Calcutta medical institutions reports 1879-81 [i.e.91]
Year: 1879
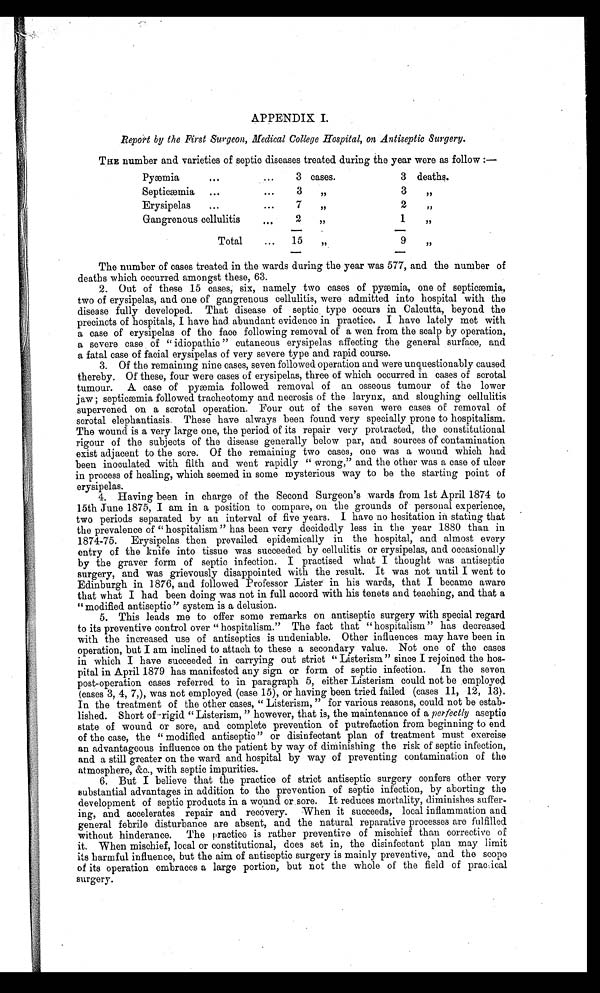
APPENDIX I.
Report by the First Surgeon, Medical College Hospital, on Antiseptic Surgery.
THE number and varieties of septic diseases treated during the year were as follow :—
Pyæmia
3 cases.
3 deaths.
Septicæmia
3 "
3
"
Erysipelas
7
"
2
"
Gangrenous cellulitis
2 "
1
"
Total
15
"
9
"
-
The number of cases treated in the wards during the year was 577, and the number of
deaths which occurred amongst these, 63.
2. Out of these 15 cases, six, namely two cases of pyæmia, one of septicæmia,
two of erysipelas, and one of gangrenous cellulitis, were admitted into hospital with the
disease fully developed. That disease of septic type occurs in Calcutta, beyond the
precincts of hospitals, I have had. abundant evidence in practice. I have lately met with
a case of erysipelas of the face following removal of a wen from the scalp by operation,
a severe case of "idiopathic" cutaneous erysipelas affecting the general surface, and
a fatal case of facial erysipelas of very severe type and rapid course.
3. Of the remaining nine cases, seven followed operation and were unquestionably caused
thereby. Of these, four were cases of erysipelas, three of which occurred in cases of scrotal
tumour. A. case of pyæmia followed removal of an osseous tumour of the lower
jaw; septicæmia followed tracheotomy and necrosis of the larynx, and sloughing cellulitis
supervened on a scrotal operation. Four out of the seven were cases of removal of
scrotal elephantiasis. These have always been found very specially prone to hospitalism.
The wound is a very large one, the period of its repair very protracted, the constitutional
rigour of the subjects of the disease generally below par, and sources of contamination
exist adjacent to the sore. Of the remaining two cases, one was a wound which had
been inoculated with filth and went rapidly " wrong," and the other was a case of ulcer
in process of healing, which seemed in some mysterious way to be the starting point of
erysipelas.
4. Having been in charge of the Second Surgeon's wards from 1st April 1874 to
15th June 1875, I am. in a position to compare, on the grounds of personal experience,
two periods separated by an interval of five years. I have no hesitation in stating that
the prevalence of "hospitalism" has been very decidedly less in the year 1880 than in
1874-75. Erysipelas then prevailed epidemically in the hospital, and almost every
entry of the knife into tissue was succeeded by cellulitis or erysipelas, and occasionally
by the graver form of septic infection. I practised what I thought was antiseptic
surgery, and was grievously disappointed with the result. It was not until I went to
Edinburgh in 1876, and followed Professor Lister in his wards, that I became aware
that what I had been doing was not in full accord with his tenets and teaching, and that a
"modified antiseptic" system is a delusion.
5. This leads me to offer some remarks on antiseptic surgery with special regard
to its preventive control over "hospitalism." The fact that "hospitalism" has decreased
with the increased use of antiseptics is undeniable. Other influences may have been in
operation, but I am inclined to attach to these a secondary value. Not one of the cases
in which I have succeeded in carrying out strict "Listerism" since I rejoined the hos-
pital in April 1879 has manifested any sign or form of septic infection. In the seven
post-operation cases referred to in paragraph 5, either Listerism could not be .employed
(cases 3, 4, 7,), was not employed (case 15), or having been tried failed (cases 11, 12, 13).
In the treatment of the other cases, "Listerism," for various reasons, could not be estab-
lished. Short of rigid "Listerism," however, that is, the maintenance of a perfectly aseptic
state of wound or sore, and complete prevention of putrefaction from beginning to end
of the case, the "modified antiseptic" or disinfectant plan of treatment must exercise
an advantageous influence on the patient by way of diminishing the risk of septic infection,
and a still greater on the ward and hospital by way of preventing contamination of the
atmosphere, &c., with septic impurities.
6. But I believe that the practice of strict antiseptic surgery confers other very
substantial advantages in addition to the prevention of septic infection, by aborting the
development of septic products in a wound or sore. It reduces mortality, diminishes suffer-
ing, and accelerates repair and recovery. When it succeeds, local inflammation and
general febrile disturbance are absent, and the natural reparative processes are fulfilled
without hinderance. The practice is rather preventive of mischief than corrective of
it. When mischief, local or constitutional, does set in, the disinfectant plan may limit
its harmful influence, but the aim of antiseptic surgery is mainly preventive, and the scope
of its operation embraces a large portion, but not the whole of the field of practical
surgery.